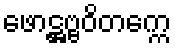
ဖောဋ္ဌဗ္ဗဝိတက္ကေ